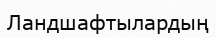
Ландшафтылардың